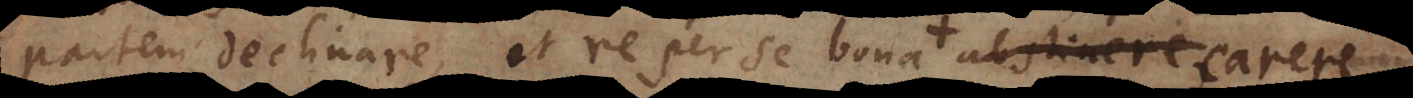
partem declinare, et re per se bona atque utili